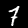
Label: 7